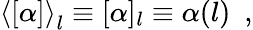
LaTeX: \left<[\alpha]\right>_{l}\equiv[\alpha]_{l}\equiv\alpha(l)~~,